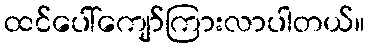
ထင်ပေါ်ကျော်ကြားလာပါတယ်။